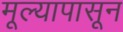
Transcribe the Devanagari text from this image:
मूल्यापासून